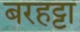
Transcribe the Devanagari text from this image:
बरहट्टा